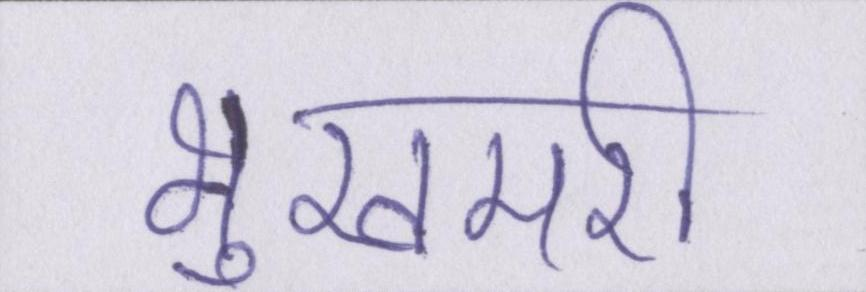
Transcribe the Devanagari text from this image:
भुखमरी